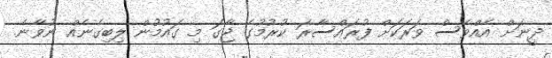
ދީނަށް އެއްވެސް ވަރަކަށް ފުރައްސާރަ ކުރުމުގެ ޖާގަ މި ގައުމުން ލިބިގެނެއް ނުވާނެ.